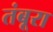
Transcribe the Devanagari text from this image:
तंबूरा